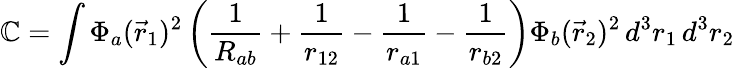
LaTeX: \mathbb{C}=\int\Phi_{a}({\vec{{r}}}_{1})^{2}\left({\frac{{1}}{{R_{ab}}}}+{\frac{{1}}{{r_{12}}}}-{\frac{{1}}{{r_{a1}}}}-{\frac{{1}}{{r_{b2}}}}\right)\Phi_{b}({\vec{{r}}}_{2})^{2}\, d^{3}r_{1}\, d^{3}r_{2}